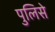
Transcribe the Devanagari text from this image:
पुलिसे